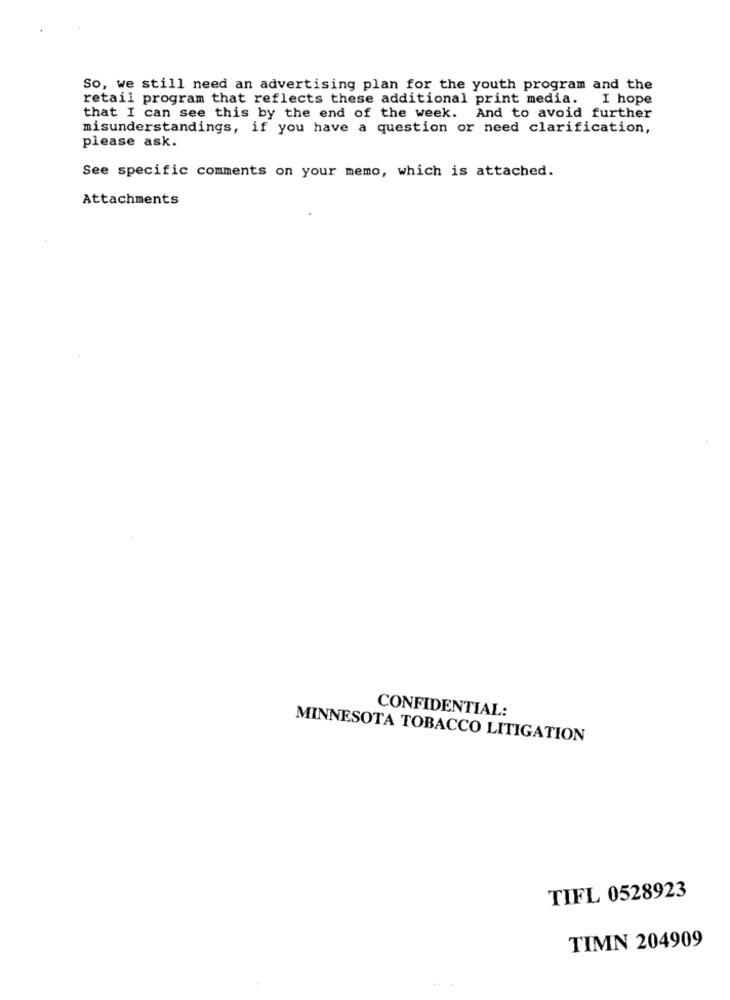
So, we still need an advertising plan for the youth program and the
retail program that reflects these additional print media. I hope
that I can see this by the end of the week. And to avoid further
misunderstandings, if you have a question or need clarification,
please ask.
See specific comments on your memo, which is attached.
Attachments
CONFIDENTIAL:
MINNESOTA TOBACCO LITIGATION
TIFL 0528923
TIMN 204909